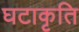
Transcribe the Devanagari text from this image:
घटाकृति